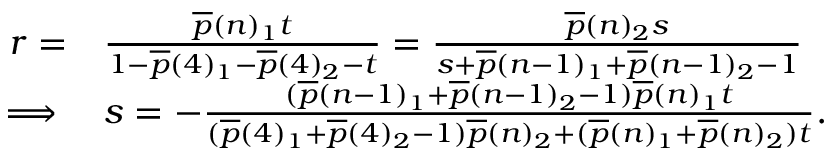
\begin{array} { r l } { r = } & { \frac { \overline { { p } } ( n ) _ { 1 } t } { 1 - \overline { { p } } ( 4 ) _ { 1 } - \overline { { p } } ( 4 ) _ { 2 } - t } = \frac { \overline { { p } } ( n ) _ { 2 } s } { s + \overline { { p } } ( n - 1 ) _ { 1 } + \overline { { p } } ( n - 1 ) _ { 2 } - 1 } } \\ { \implies } & { s = - \frac { ( \overline { { p } } ( n - 1 ) _ { 1 } + \overline { { p } } ( n - 1 ) _ { 2 } - 1 ) \overline { { p } } ( n ) _ { 1 } t } { ( \overline { { p } } ( 4 ) _ { 1 } + \overline { { p } } ( 4 ) _ { 2 } - 1 ) \overline { { p } } ( n ) _ { 2 } + ( \overline { { p } } ( n ) _ { 1 } + \overline { { p } } ( n ) _ { 2 } ) t } . } \end{array}